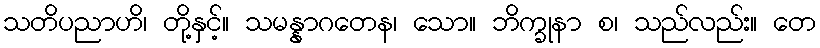
သတိပညာဟိ၊ တို့နှင့်။ သမန္နာဂတေန၊ သော။ ဘိက္ခုနာ စ၊ သည်လည်း။ တေ